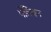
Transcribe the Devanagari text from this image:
पेलियन